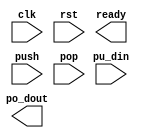
module static_buff(
  clk, rst, ready,
  push, pu_din,
  pop, po_dout
);

parameter NUMELEM = 4;    //Number of elements in FIFO 
parameter BITDATA = 4;    //Width of the elements in FIFO

localparam BITELEM = $clog2(NUMELEM);

input                clk;
input                rst;
output               ready;

input                push;
input  [BITDATA-1:0] pu_din;

input                pop;
output [BITDATA-1:0] po_dout;


`ifdef FORMAL

reg [BITDATA-1:0] ref_fifo [0:NUMELEM-1];
reg [BITELEM  :0] ref_cnt;

reg [BITDATA-1:0] ref_fifo_nxt[0:NUMELEM-1];
reg [BITELEM  :0] ref_cnt_nxt;

always @(posedge clk)
  if(rst)
    ref_cnt <= 0;
  else begin
    ref_cnt <= ref_cnt_nxt;
    for(integer i=0; i<NUMELEM; i=i+1)
      ref_fifo[i] <= ref_fifo_nxt[i];
  end

always_comb begin
  ref_cnt_nxt = ref_cnt;
  for(integer i=0; i<NUMELEM; i=i+1)
    ref_fifo_nxt[i] = ref_fifo[i];
  
  if(pop) begin
    ref_cnt_nxt = ref_cnt_nxt -1;
    for(integer i=0; i<NUMELEM-1; i=i+1) 
      ref_fifo_nxt[i] = ref_fifo_nxt[i+1];
  end
  if(push) begin
    for(integer i=0; i<NUMELEM; i=i+1)
      if(i == ref_cnt_nxt)
        ref_fifo_nxt[i] = pu_din;
    ref_cnt_nxt = ref_cnt_nxt + 1;
  end
end

assert_po_dout_check: assert property (@(posedge clk) disable iff(rst) pop |-> po_dout == ref_fifo[0]); 

`endif

endmodule